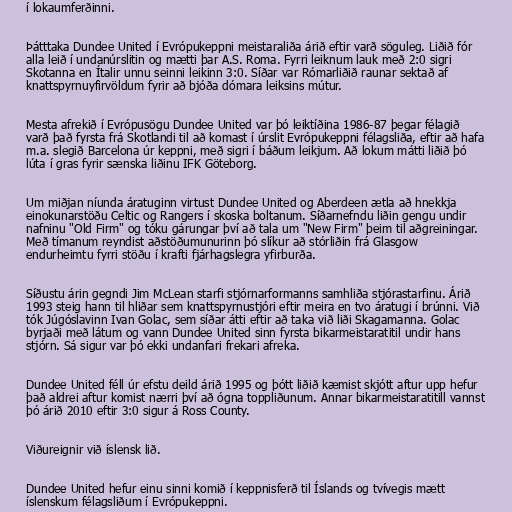
í lokaumferðinni.

Þátttaka Dundee United í Evrópukeppni meistaraliða árið eftir varð söguleg. Liðið fór
alla leið í undanúrslitin og mætti þar A.S. Roma. Fyrri leiknum lauk með 2:0 sigri
Skotanna en Ítalir unnu seinni leikinn 3:0. Síðar var Rómarliðið raunar sektað af
knattspyrnuyfirvöldum fyrir að bjóða dómara leiksins mútur.

Mesta afrekið í Evrópusögu Dundee United var þó leiktíðina 1986-87 þegar félagið
varð það fyrsta frá Skotlandi til að komast í úrslit Evrópukeppni félagsliða, eftir að hafa
m.a. slegið Barcelona úr keppni, með sigri í báðum leikjum. Að lokum mátti liðið þó
lúta í gras fyrir sænska liðinu IFK Göteborg.

Um miðjan níunda áratuginn virtust Dundee United og Aberdeen ætla að hnekkja
einokunarstöðu Celtic og Rangers í skoska boltanum. Síðarnefndu liðin gengu undir
nafninu "Old Firm" og tóku gárungar því að tala um "New Firm" þeim til aðgreiningar.
Með tímanum reyndist aðstöðumunurinn þó slíkur að stórliðin frá Glasgow
endurheimtu fyrri stöðu í krafti fjárhagslegra yfirburða.

Síðustu árin gegndi Jim McLean starfi stjórnarformanns samhliða stjórastarfinu. Árið
1993 steig hann til hliðar sem knattspyrnustjóri eftir meira en tvo áratugi í brúnni. Við
tók Júgóslavinn Ivan Golac, sem síðar átti eftir að taka við liði Skagamanna. Golac
byrjaði með látum og vann Dundee United sinn fyrsta bikarmeistaratitil undir hans
stjórn. Sá sigur var þó ekki undanfari frekari afreka.

Dundee United féll úr efstu deild árið 1995 og þótt liðið kæmist skjótt aftur upp hefur
það aldrei aftur komist nærri því að ógna toppliðunum. Annar bikarmeistaratitill vannst
þó árið 2010 eftir 3:0 sigur á Ross County.

Viðureignir við íslensk lið.

Dundee United hefur einu sinni komið í keppnisferð til Íslands og tvívegis mætt
íslenskum félagsliðum í Evrópukeppni.